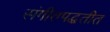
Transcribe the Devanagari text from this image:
संगीतपद्धतीत